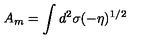
A _ { m } = \int d ^ { 2 } \sigma ( - \eta ) ^ { 1 / 2 }